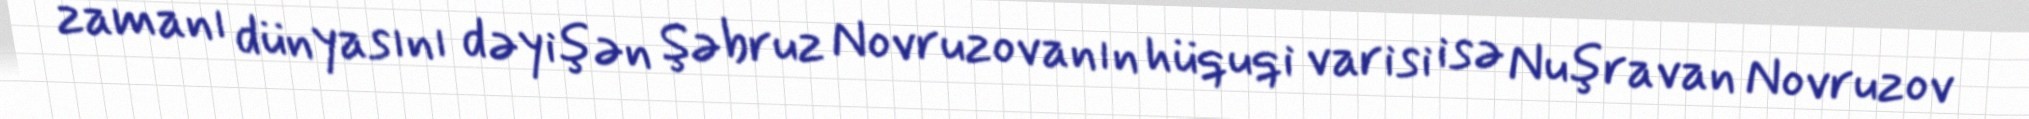
zamanı dünyasını dəyişən Şəbruz Novruzovanın hüquqi varisi isə Nuşravan Novruzov